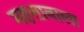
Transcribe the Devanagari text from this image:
महत्तावाला